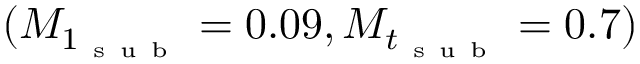
( M _ { 1 _ { \mathrm { ~ s ~ u ~ b ~ } } } = 0 . 0 9 , M _ { t _ { \mathrm { ~ s ~ u ~ b ~ } } } = 0 . 7 )